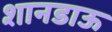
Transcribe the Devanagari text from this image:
शानडाऊ